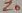
Text: Z0